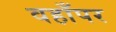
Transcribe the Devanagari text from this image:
वहाँपर